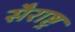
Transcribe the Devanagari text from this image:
सैराष्ट्र